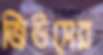
জিউসের